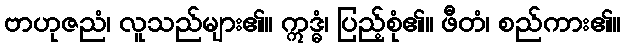
ဗာဟုဇညံ၊ လူသည်များ၏။ ဣဒ္ဓံ၊ ပြည့်စုံ၏။ ဖီတံ၊ စည်ကား၏။